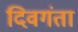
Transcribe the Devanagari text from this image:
दिवगंता